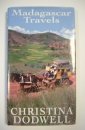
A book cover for Madagascar Travels; Christina Dodwell; Travel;